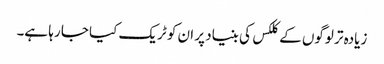
زیادہ تر لوگوں کے کلکس کی بنیاد پر ان کو ٹریک کیا جا رہا ہے۔